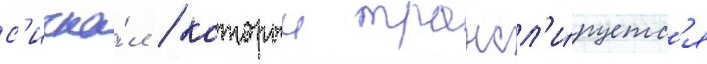
с'игна́л / которыи трансл'и́руетс'я